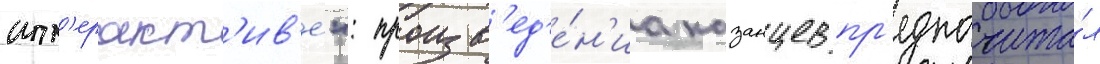
инт'еракт'ив'е": произв'ед'е́н'иа казанцев пр'едпочита́л